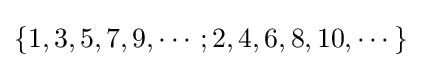
\{1,3,5,7,9,\cdots ;2,4,6,8,10,\cdots \}